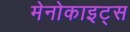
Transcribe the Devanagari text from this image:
मेनोकाइट्स